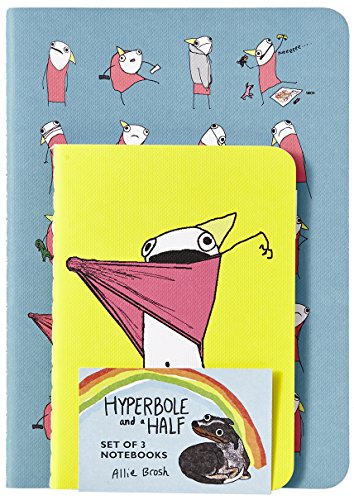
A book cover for Hyperbole and a Half Notebooks (Set of 3); Allie Brosh; Humor & Entertainment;